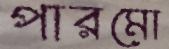
পারমো